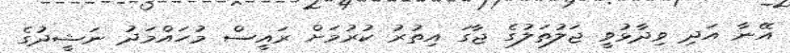
އޭނާ އަދި ވިދާޅުވީ ޖަލުތަލުގެ ޖާގަ އިތުރު ކުރުމަށް ރައީސް މުހައްމަދު ނަޝީދުގެ